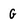
Character: G